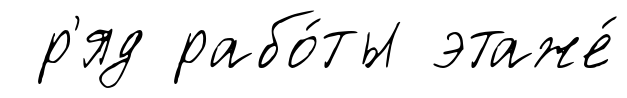
р'яд рабо́ты этаже́